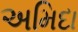
અમિદા